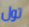
تول